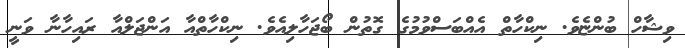
ވިޝާހް ބުންޏެވެ. ނިކްހާތް އެއްބަސްވުމުގެ ގޮތުން ބޯޖަހާލިއެވެ. ނިކްހާތްއާ އަންޖަލްއާ ރައިހާނާ ވަނީ